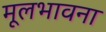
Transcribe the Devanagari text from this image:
मूलभावना